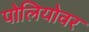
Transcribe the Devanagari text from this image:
पोलियोवर